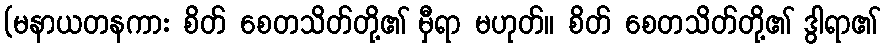
(မနာယတနကား စိတ် စေတသိတ်တို့၏ မှီရာ မဟုတ်။ စိတ် စေတသိတ်တို့၏ ဒွါရာ၏